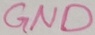
Text: GND